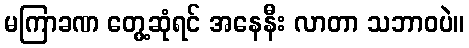
မကြာခဏ တွေ့ဆုံရင် အနေနီး လာတာ သဘာဝပဲ။